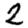
Digit: 2